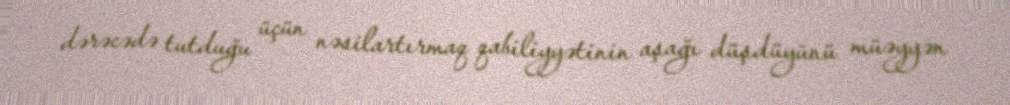
dərəcədə tutduğu üçün nəsilartırmaq qabiliyyətinin aşağı düşdüyünü müəyyən